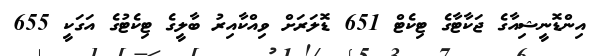
އިންޑޮނީޝިއާގެ ޖަކާޓާގެ ޓިކެޓް 651 ޑޮލަރަށް ވިއްކާއިރު ބާލީގެ ޓިކެޓުގެ އަގަކީ 655